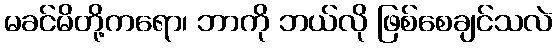
မခင်မိတို့ကရော၊ ဘာကို ဘယ်လို ဖြစ်စေချင်သလဲ